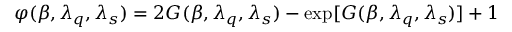
\varphi ( \beta , \lambda _ { q } , \lambda _ { s } ) = 2 G ( \beta , \lambda _ { q } , \lambda _ { s } ) - \exp [ G ( \beta , \lambda _ { q } , \lambda _ { s } ) ] + 1